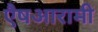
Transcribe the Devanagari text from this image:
एैषआरामी